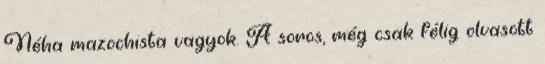
Néha mazochista vagyok. A soros, még csak félig olvasott